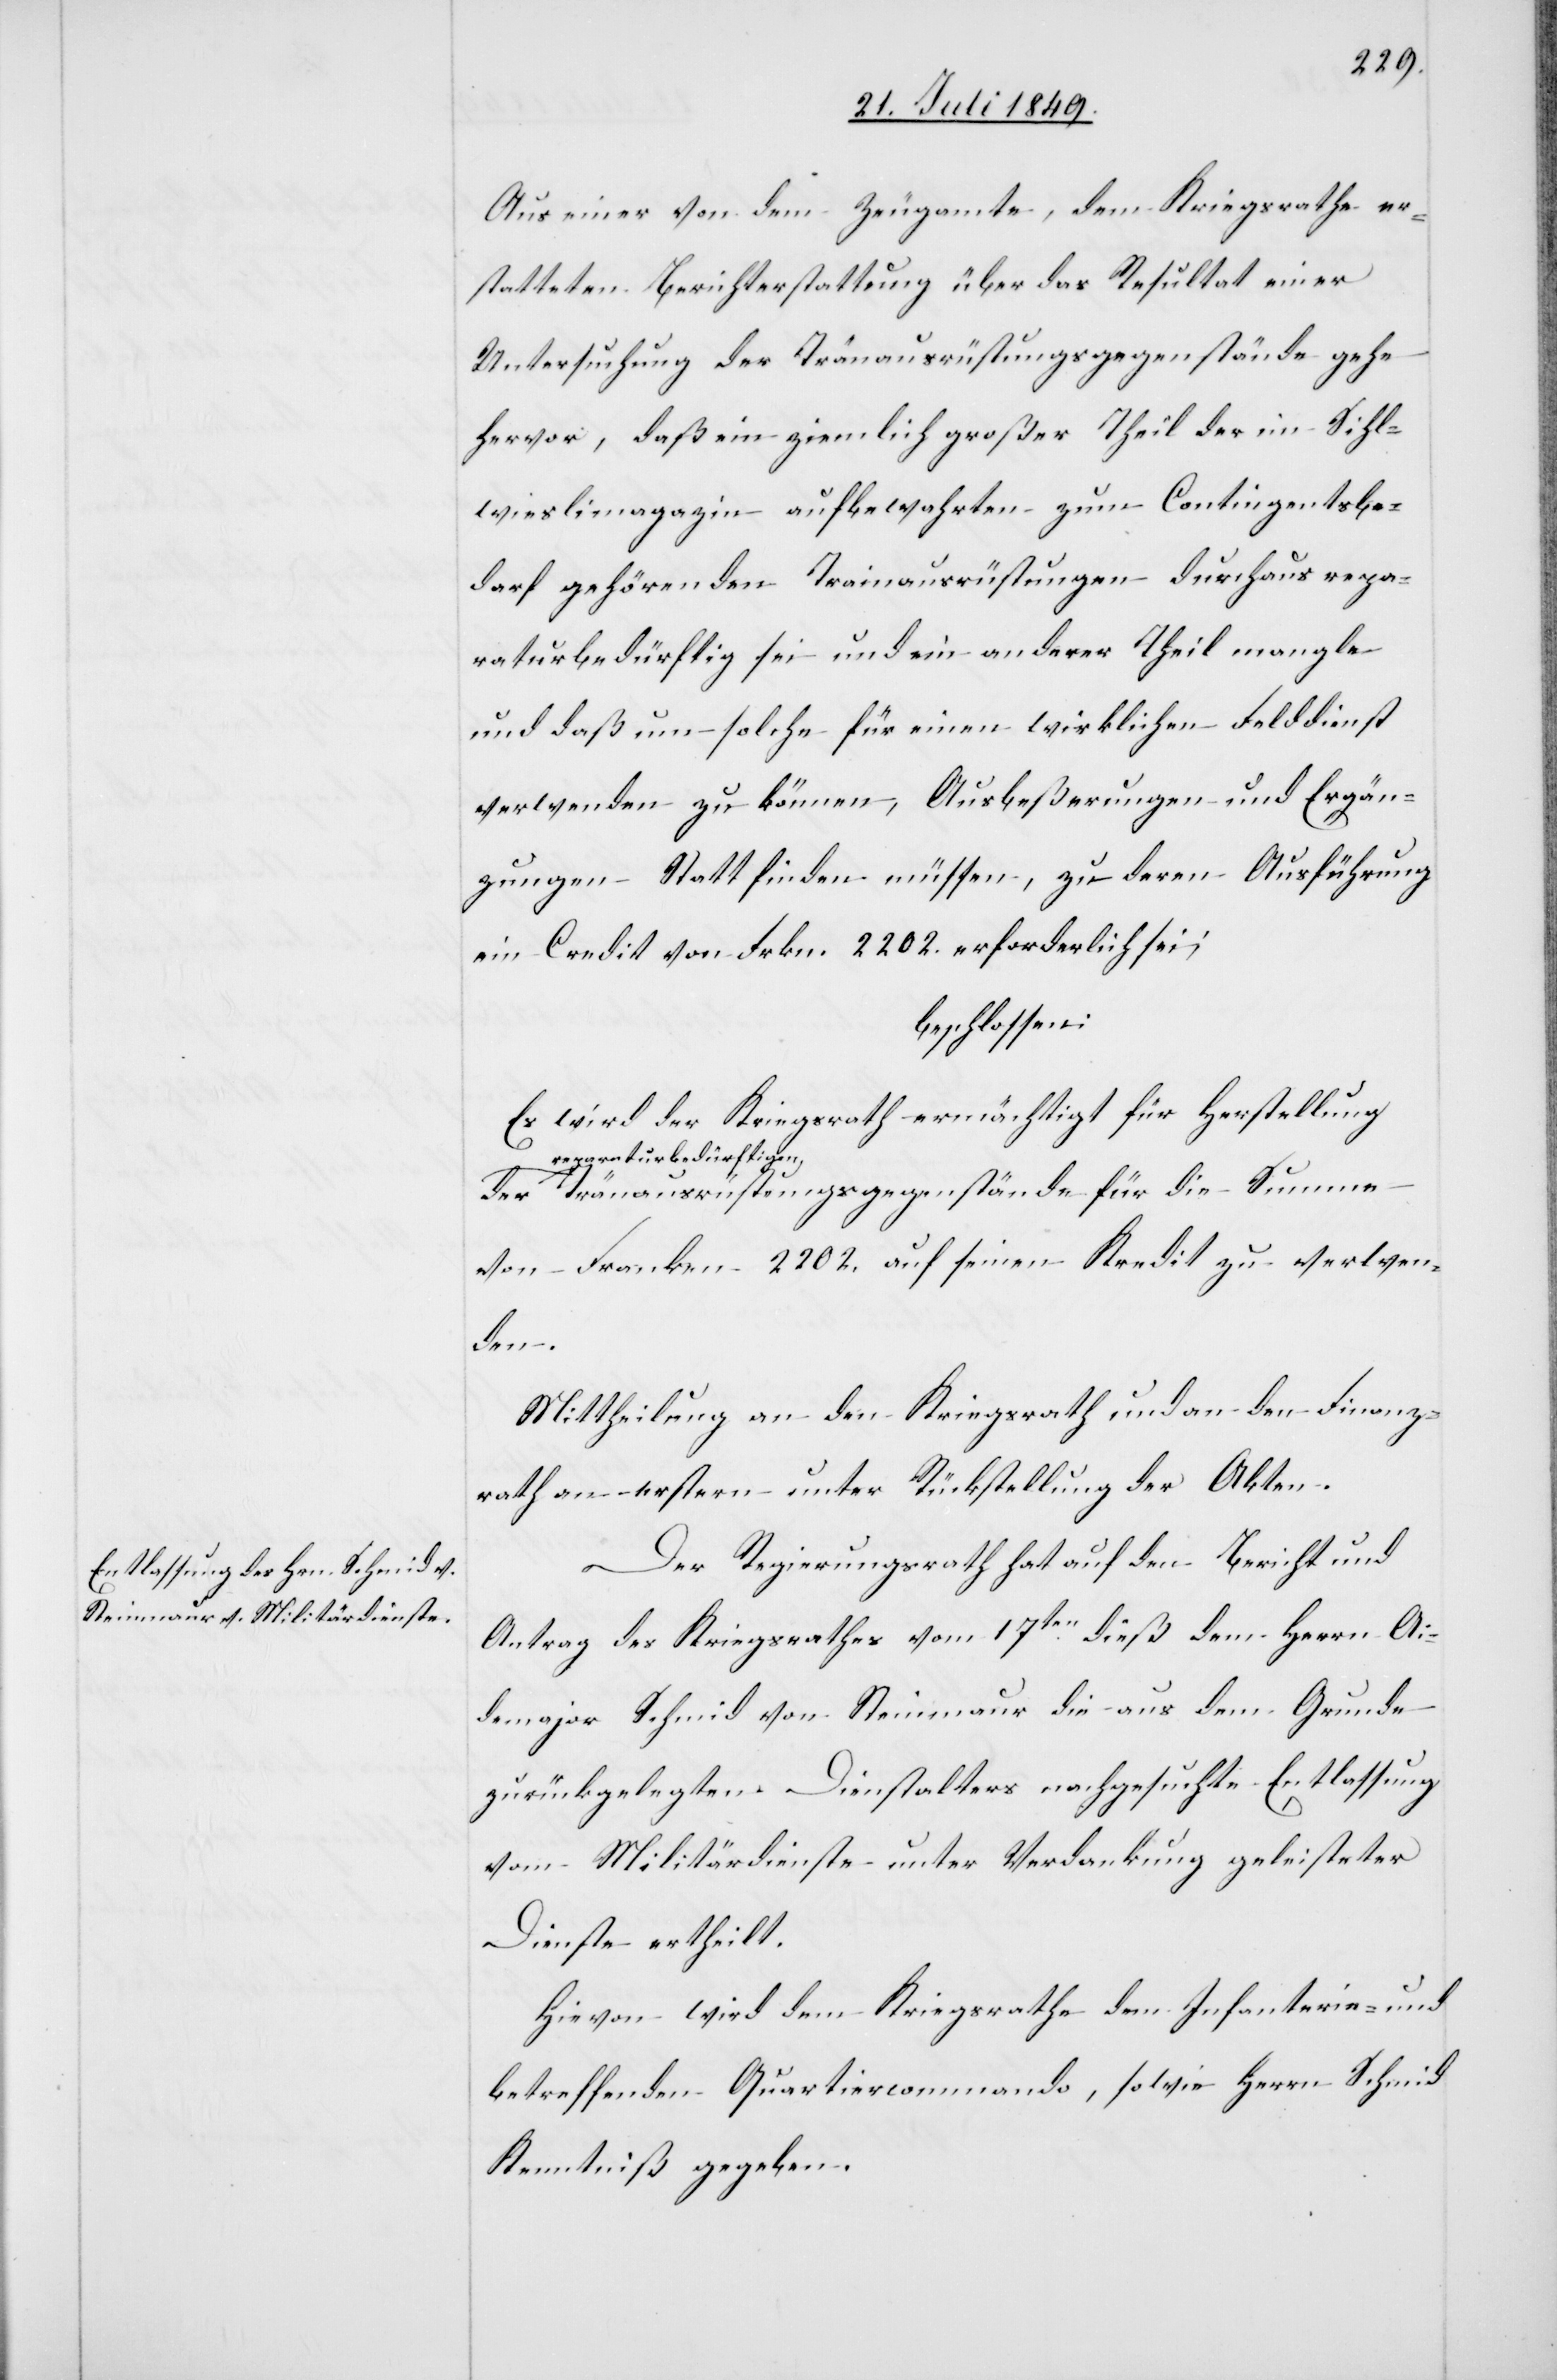
Aus einer von dem Zeugamte, dem Kriegsrathe er¬
statteten Berichterstattung über das Resultat einer
Untersuchung der Tränausrüstungsgegenstände
hervor, daß ein ziemlich großer Theil der im Sihl¬
wieslimagazin aufbewahrten zum Contingentsbe¬
darf gehörenden Trainausrüstungen durchaus repa¬
raturbedürftig sei und ein anderer Theil mangle
und daß um solche für einen wirklichen Felddienst
verwenden zu können, Ausbeßerungen und Ergän¬
zungen Statt finden müssen, zu deren Ausführung
ein Credit von Frkn. 2 202. erforderlich sei;
beschlossen:
Es wird der Kriegsrath ermächtigt für Herstellung
a-reparaturbedürftige¬
n-a Tränausrüstungsgegenstände für die Summe
von Franken 2 202. auf seinen Kredit zu verwen¬
den.
Mittheilung an den Kriegsrath und an den Finanz¬
rath erstern unter Rückstellung der Akten.
Der Regierungsrath hat auf den Bericht und
Antrag des Kriegsrathes vom 17ten dieß dem Herrn Ai¬
demajor Schmid von Steinmaur die aus dem Grunde
zurückgelegten Dienstalters nachgesuchte Entlassung
vom Militärdienste unter Verdankung geleisteter
Dienste ertheilt.
Hievon wird dem Kriegsrathe dem Infanterie- und
betreffenden Quartiercommando, sowie Herrn Schmid
Kenntniß gegeben.